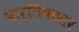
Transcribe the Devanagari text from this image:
वार्तिकसार